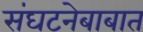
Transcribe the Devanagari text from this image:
संघटनेबाबात